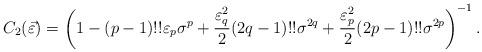
LaTeX: \begin{align*}C_{2}(\vec{\varepsilon})=\left(1-(p-1)!!\varepsilon_{p}\sigma^{p}+\frac{\varepsilon_{q}^{2}}{2}(2q-1)!!\sigma^{2q}+\frac{\varepsilon_{p}^{2}}{2}(2p-1)!!\sigma^{2p} \right)^{-1}.\end{align*}